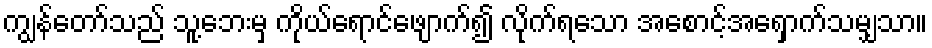
ကျွန်တော်သည် သူ့ဘေးမှ ကိုယ်ရောင်ဖျောက်၍ လိုက်ရသော အစောင့်အရှောက်သမျှသာ။